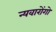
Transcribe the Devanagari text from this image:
न्यवारोंगो